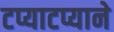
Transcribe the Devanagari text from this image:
टप्याटप्याने